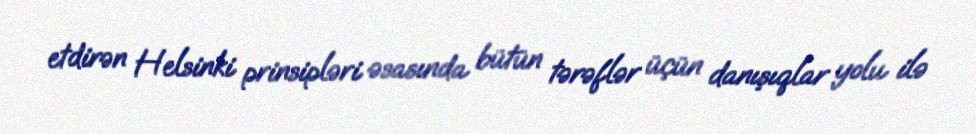
etdirən Helsinki prinsipləri əsasında bütün tərəflər üçün danışıqlar yolu ilə